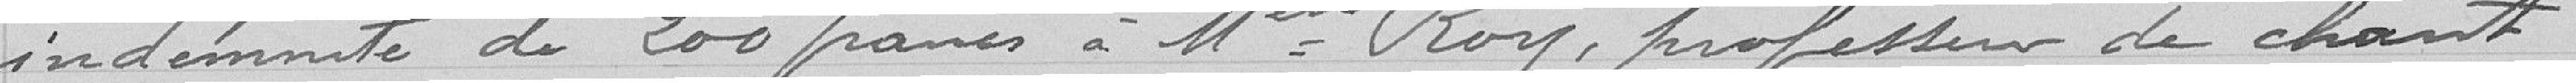
indemnité de 200 francs à Mlle Roy, professeur de chant .